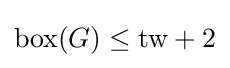
\operatorname {box} (G)\leq \mathrm {tw} +2